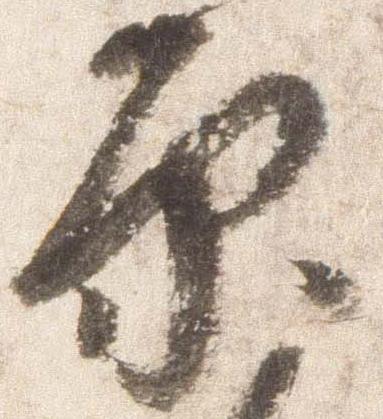
原